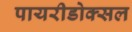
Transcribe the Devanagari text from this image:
पायरीडोक्सल